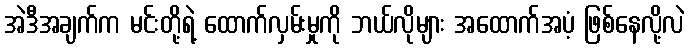
အဲဒီအချက်က မင်းတို့ရဲ့ ထောက်လှမ်းမှုကို ဘယ်လိုများ အထောက်အပံ့ ဖြစ်နေလို့လဲ